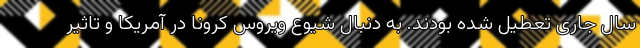
سال جاری تعطیل شده بودند. به دنبال شیوع ویروس کرونا در آمریکا و تاثیر